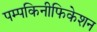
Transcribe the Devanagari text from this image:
पम्पकिनीफिकेशन